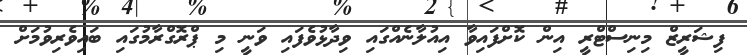
ފިޝަރީޒް މިނިސްޓްރީ އިން ކޮށްފައިވާ އިއުލާނެއްގައި ވިދާޅުވެފައި ވަނީ މި ޕްރޮގްރާމުގައި ބައިވެރިވުމަށް